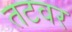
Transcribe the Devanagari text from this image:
तटवर